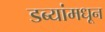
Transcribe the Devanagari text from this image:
डब्यांमधून